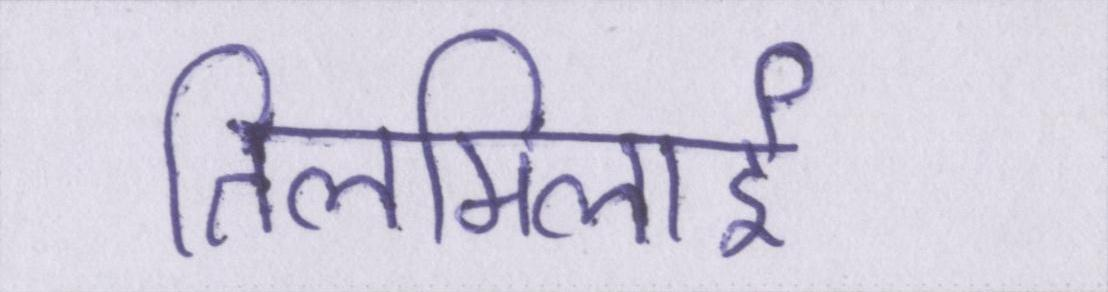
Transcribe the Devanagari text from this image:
तिलमिलाई